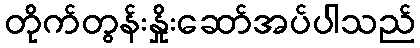
တိုက်တွန်းနှိုးဆော်အပ်ပါသည်